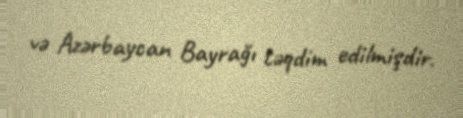
və Azərbaycan Bayrağı təqdim edilmişdir.